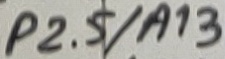
Text: P2.5/A13